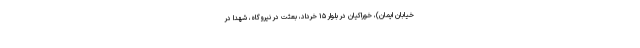
خیابان ایمان)، خوراکیان در بلوار ۱۵ خرداد، بعثت در نیروگاه، شهدا در